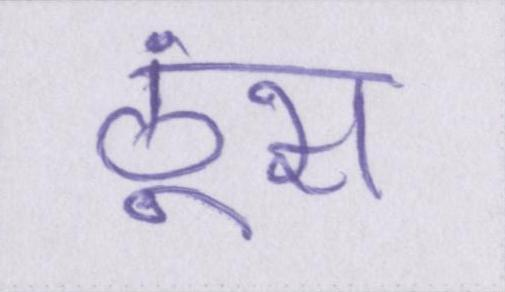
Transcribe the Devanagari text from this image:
ठूंस